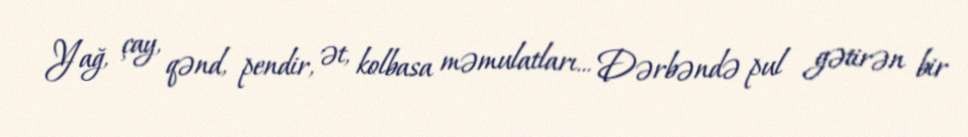
Yağ, çay, qənd, pendir, ət, kolbasa məmulatları... Dərbəndə pul gətirən bir